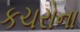
કચરોના